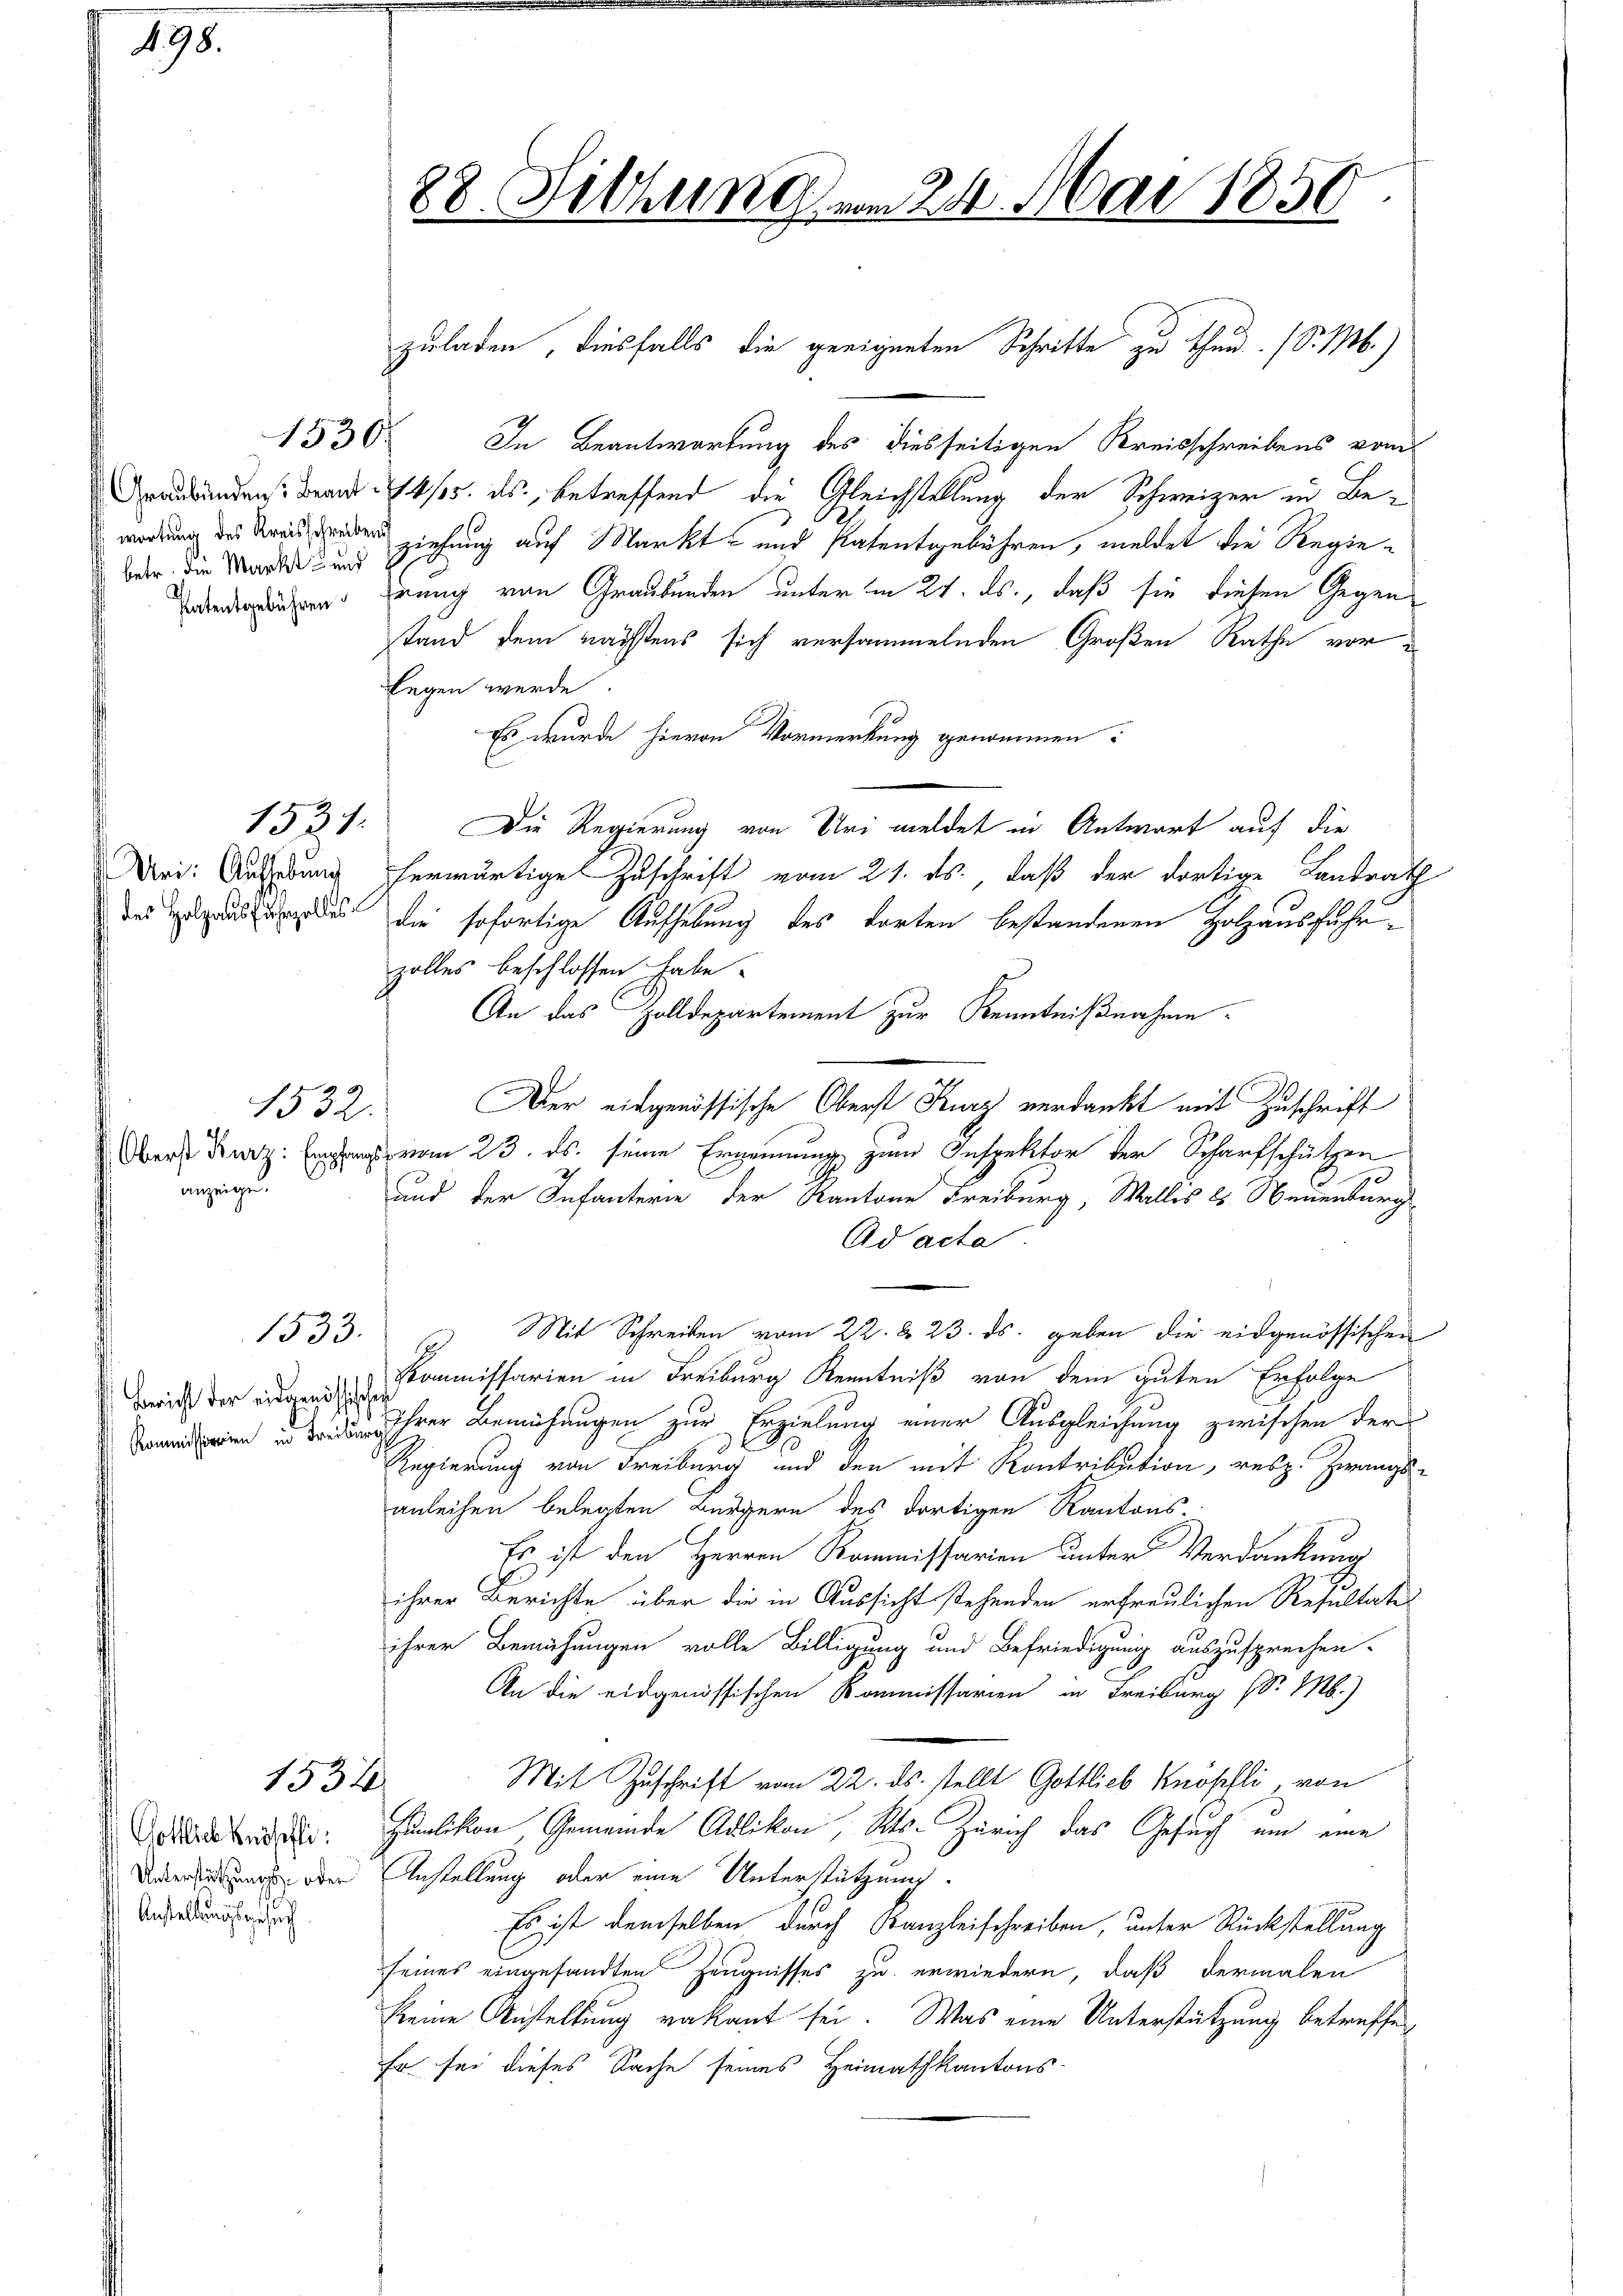
98.

wortung des Kreisschreibens

Uri: Aufhebung
des Holzausfuhrzolles

15307

1531.

anzeigen.

1532.

1533.

1534.

Gottlich Knöpfli
Unterstützungs- oder
Anstellungsgesuch

28 Fitzung vom 24. Mai 1850.

zuladen, diesfalls die geeigneten Schritte zu thun. (S. M.)
In Beantwortung des diesseitigen Kreisschreibens vom
Arabundense dran 4/5. ds., betreffend die Gleichstellung der Schweizer in Beair die Marks und ziehung auf Markt- und Patentgebühren, meldet die Regiewederlichen genug von Graubünden unter im 21. ds., daß sie diesen Gegenstand dem nächstens sich versammelnden Großen Rathe vor
legen werde
Es wurde hievon Vormerkung genommen:
Die Regierung von Uri meldet in Antwort auf die
herwärtige Zuschrift vom 21. ds., daß der dortige Landrath
die sofortige Aufhebung des dorten bestandenen Holzausfuhrzolles beschlossen habe.
An das Zolldepartement zur Kenntnißnahme
Der eidgenössische Oberst Kurz verdankt mit Zuschrift
A Kaz an vom 23. ds. seine Ernennung zum Inspektor der Scharfschützen
und der Infanterie der Kantone Freiburg, Walles l. Neuenburg
Ad acta
Mit Schreiben vom 22. & 23. ds. geben die eidgenössischen
H
dich der Kommissarien in Freiburg Kenntniß von dem guten Erfolge
eien Ihrer Bemühungen zur Erzielung einer Ausgleichung zwischen der
Regierung von Freiburg und den mit Kontribution, resp. Zwangs-
anleihen belegten Bürgern des dortigen Kantons-
Es ist den Herren Kommissarien unter Verdankung
ihrer Berichte über die in Aussicht stehenden erfreulichen Resultates
ihrer Bemühungen volle Billigung und Befriedigung auszusprechen.
An die eidgenössischen Kommissarien in Freiburg (d. M.)
Mit Zuschrift vom 22. ds. stellt Gottlieb Knöpfli, von
Humlikon, Gemeinde Adlikon, Kts. Zürich das Gesuch um eine
Anstellung oder eine Unterstützung
Es ist demselben durch Kanzleisschreiben, unter Rückstellung
seines eingesandten Zeugnisses zu erwiedern, daß dermalen
keine Anstellung vakant sei. Was eine Unterstützung betreffe¬
Er sei dieses Sache seines Heimathkantons